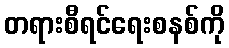
တရားစီရင်ရေးစနစ်ကို